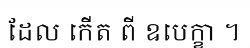
ដែល កើត ពី ឧបេក្ខា ។